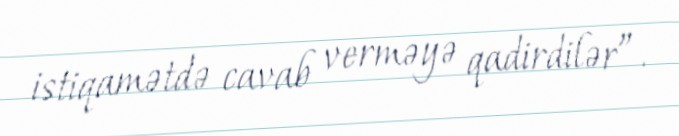
istiqamətdə cavab verməyə qadirdilər”.